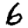
Digit: 6